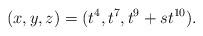
LaTeX: \begin{align*}(x,y,z)=(t^4,t^7,t^9+st^{10}).\end{align*}